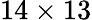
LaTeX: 14\times 13